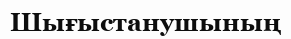
Шығыстанушының